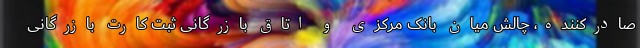
صادرکننده، چالش میان بانک مرکزی و اتاق بازرگانی ثبت کارت بازرگانی